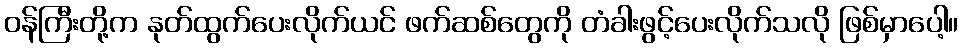
ဝန်ကြီးတို့က နုတ်ထွက်ပေးလိုက်ယင် ဖက်ဆစ်တွေကို တံခါးဖွင့်ပေးလိုက်သလို ဖြစ်မှာပေါ့။